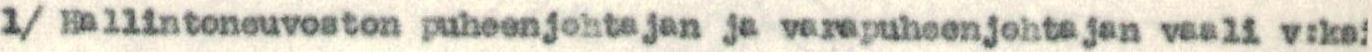
1/ Hallintoneuvoston puheenjohtajan ja varapuheenjohtajan vaali v:ksi